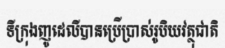
ទីក្រុងញូដេលីបានប្រើប្រាស់រូបិយវត្ថុជាតិ